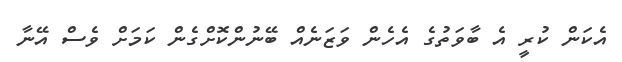
އެކަން ކުރީ އެ ބާވަތުގެ އެހެން ވަޒަނެއް ބޭނުންކޮށްގެން ކަމަށް ވެސް އޭނާ